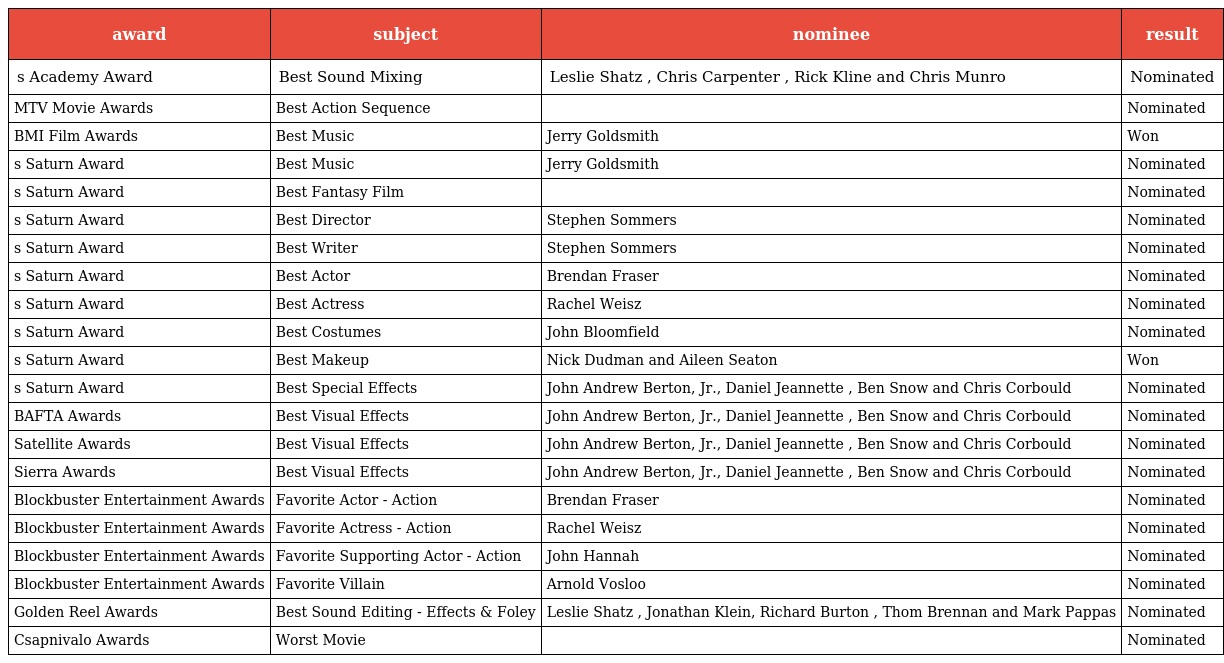
| award | subject | nominee | result |
 | --- | --- | --- | --- |
 | s Academy Award | Best Sound Mixing | Leslie Shatz , Chris Carpenter , Rick Kline and Chris Munro | Nominated |
 | MTV Movie Awards | Best Action Sequence |  | Nominated |
 | BMI Film Awards | Best Music | Jerry Goldsmith | Won |
 | s Saturn Award | Best Music | Jerry Goldsmith | Nominated |
 | s Saturn Award | Best Fantasy Film |  | Nominated |
 | s Saturn Award | Best Director | Stephen Sommers | Nominated |
 | s Saturn Award | Best Writer | Stephen Sommers | Nominated |
 | s Saturn Award | Best Actor | Brendan Fraser | Nominated |
 | s Saturn Award | Best Actress | Rachel Weisz | Nominated |
 | s Saturn Award | Best Costumes | John Bloomfield | Nominated |
 | s Saturn Award | Best Makeup | Nick Dudman and Aileen Seaton | Won |
 | s Saturn Award | Best Special Effects | John Andrew Berton, Jr., Daniel Jeannette , Ben Snow and Chris Corbould | Nominated |
 | BAFTA Awards | Best Visual Effects | John Andrew Berton, Jr., Daniel Jeannette , Ben Snow and Chris Corbould | Nominated |
 | Satellite Awards | Best Visual Effects | John Andrew Berton, Jr., Daniel Jeannette , Ben Snow and Chris Corbould | Nominated |
 | Sierra Awards | Best Visual Effects | John Andrew Berton, Jr., Daniel Jeannette , Ben Snow and Chris Corbould | Nominated |
 | Blockbuster Entertainment Awards | Favorite Actor - Action | Brendan Fraser | Nominated |
 | Blockbuster Entertainment Awards | Favorite Actress - Action | Rachel Weisz | Nominated |
 | Blockbuster Entertainment Awards | Favorite Supporting Actor - Action | John Hannah | Nominated |
 | Blockbuster Entertainment Awards | Favorite Villain | Arnold Vosloo | Nominated |
 | Golden Reel Awards | Best Sound Editing - Effects & Foley | Leslie Shatz , Jonathan Klein, Richard Burton , Thom Brennan and Mark Pappas | Nominated |
 | Csapnivalo Awards | Worst Movie |  | Nominated |